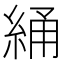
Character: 𬗝